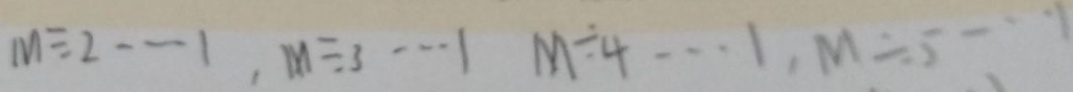
m \div 2 \cdots 1 . m \div 3 \cdots 1 m \div 4 \cdots 1 , n \div 5 \cdots 1